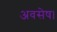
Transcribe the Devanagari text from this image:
अवसेष।